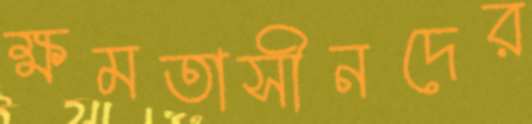
ক্ষমতাসীনদের